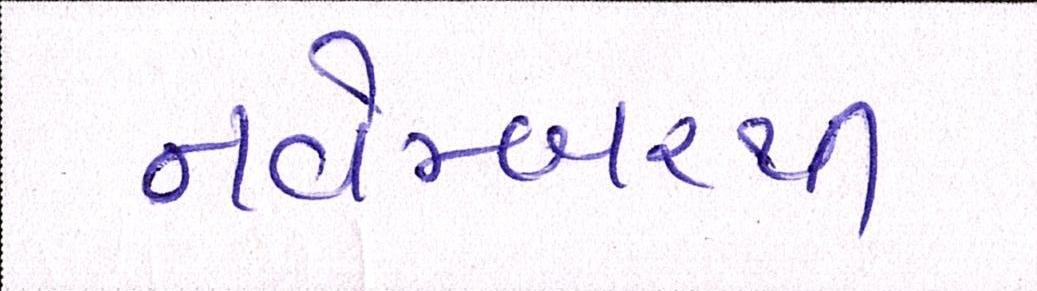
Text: નવેમ્બરથી